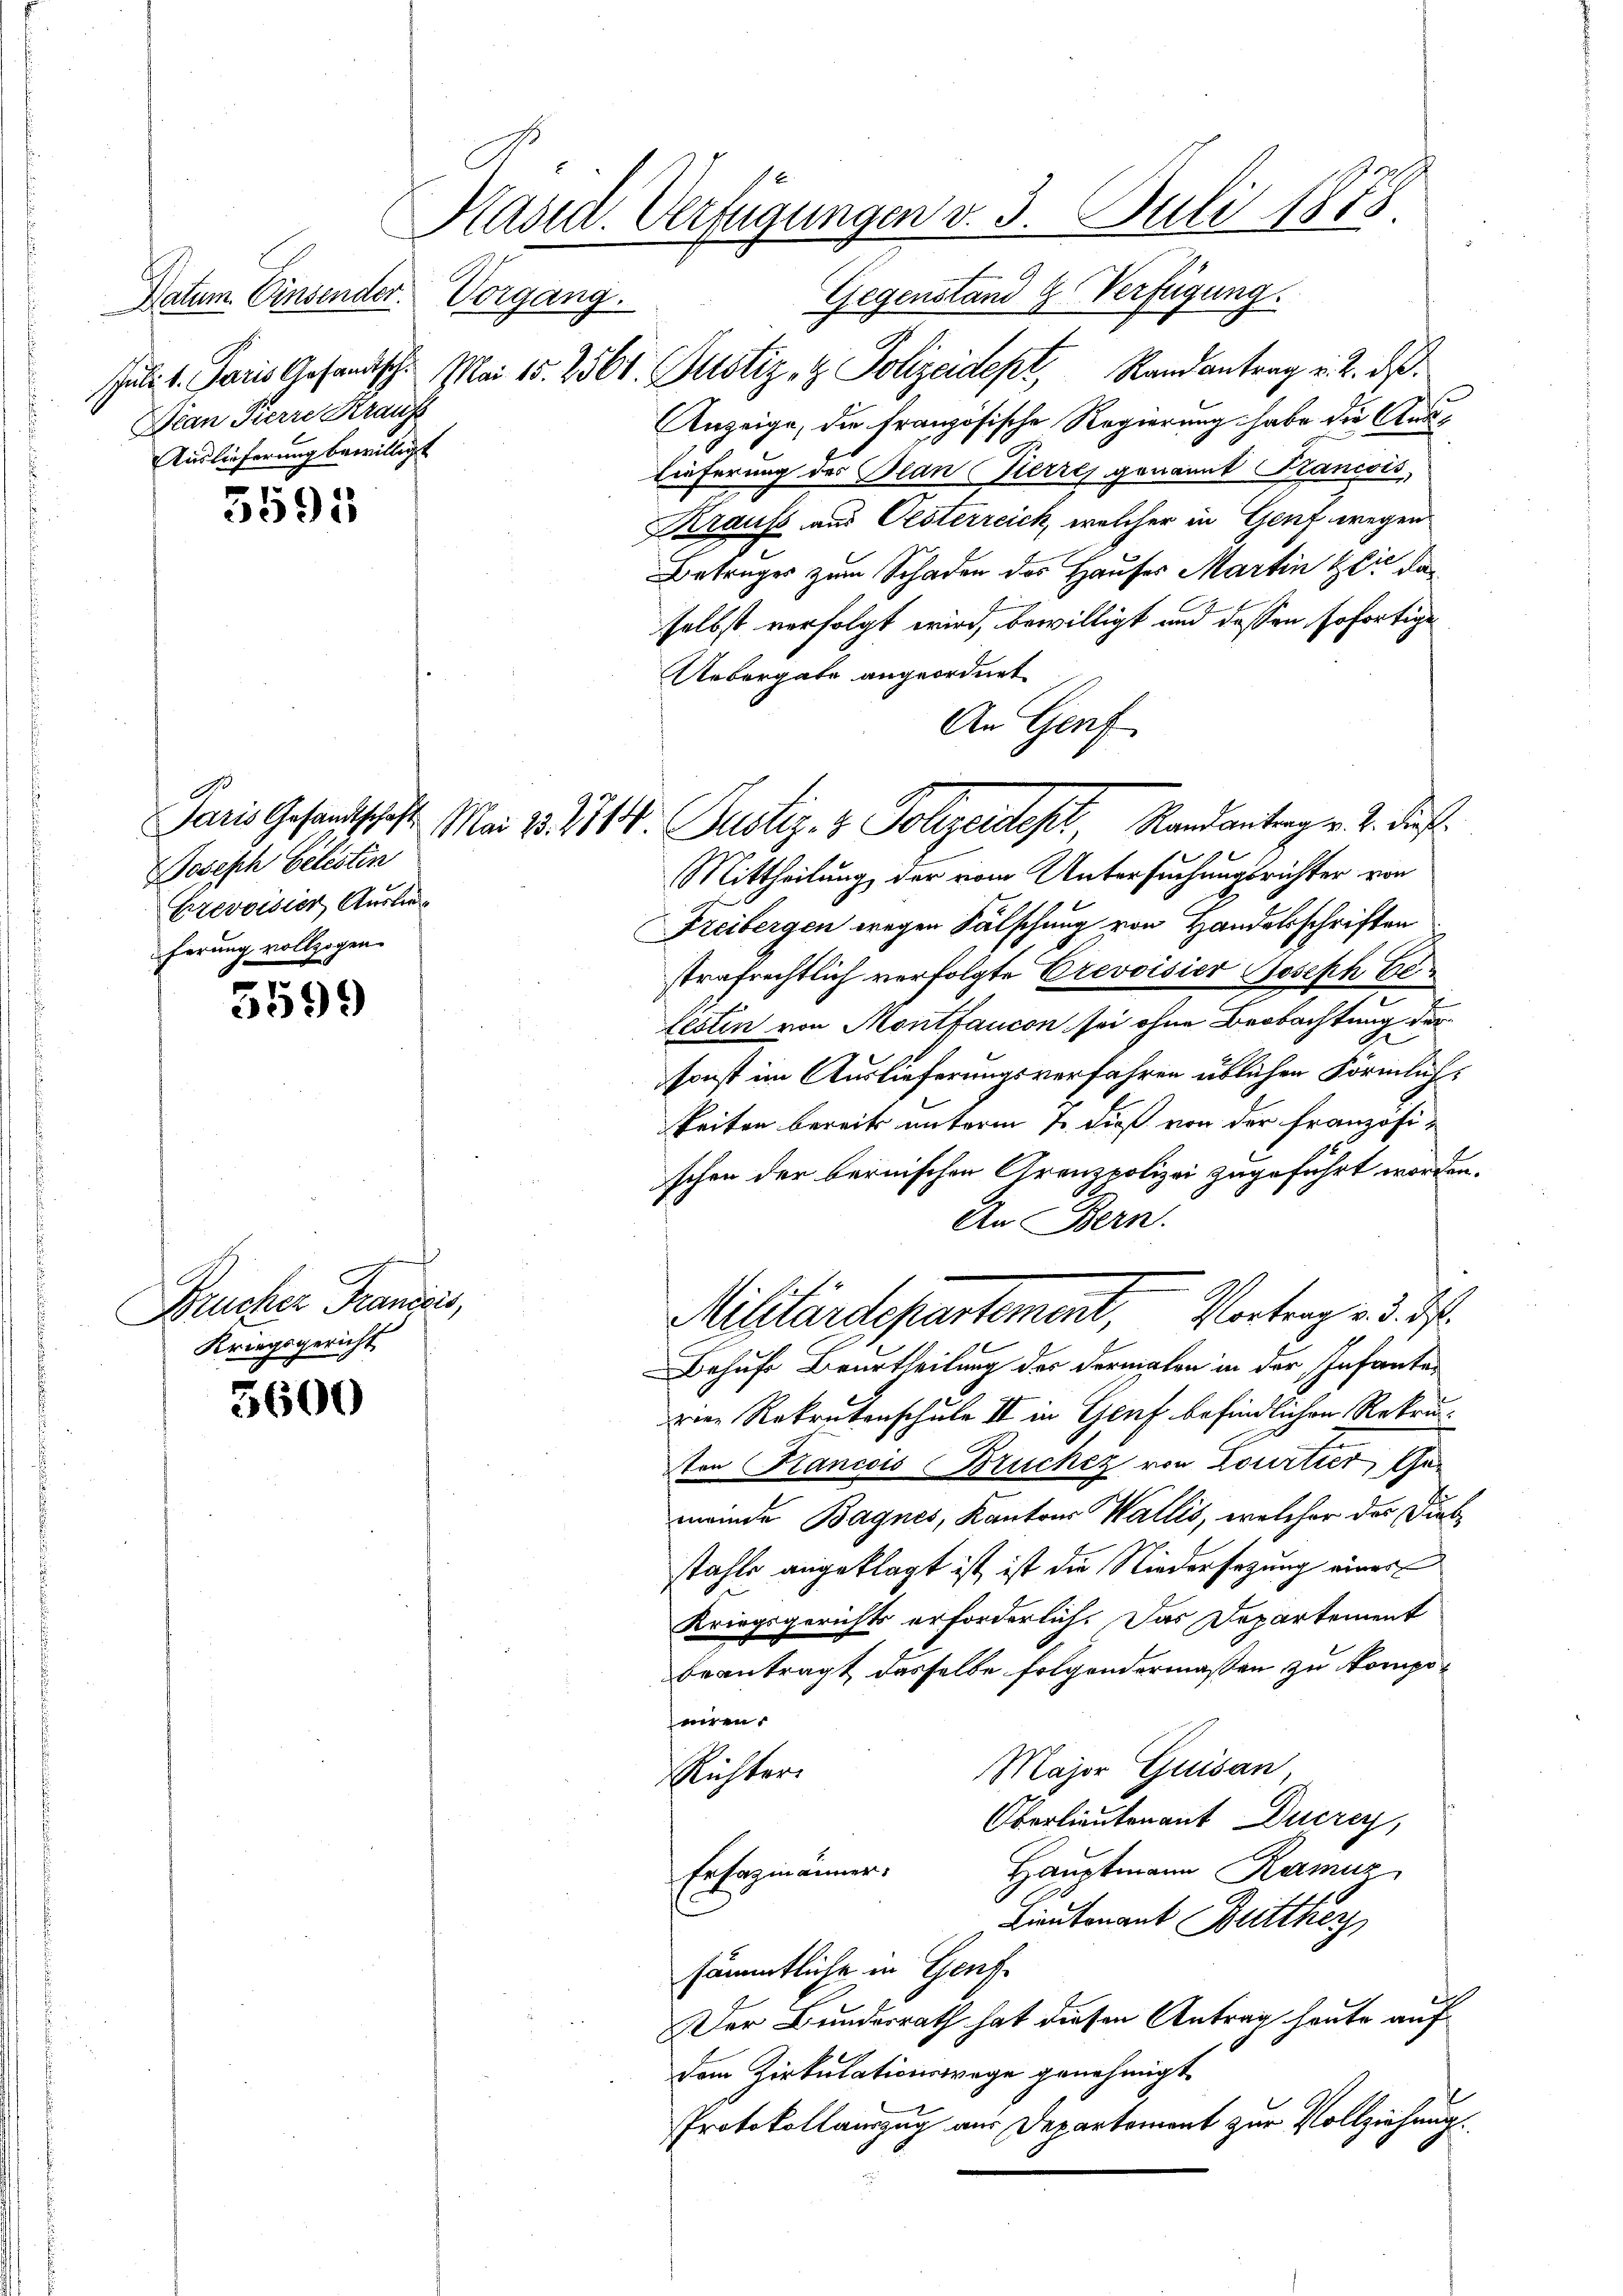
Datum. Einsender Vorgang.
sculi v. Paris Gesandtsch
Jean Pierre Krauss
Auslieferung bewilligt

3595

Joseph Gelistin
Erevoisier Auslie
ferung vollzogen.

5599

Brucker Francois,
Kriegsgericht

5600

Präsid. Verfügungen v. 3. Juli 1878

Gegenstand Verfügung.
Mai 15. 2560. Justiz- & Polizeidept, Randantrag u. 2. ds.
Anzeige, die französische Regierung habe die Aus¬
Lieferung des Plan Pierres genannt ancois,
Krauss aus Oesterreich, welcher in Genf wegen
Betrages zum Schaden des Hauses Martin der da
selbst verfolgt wird, bewilligt und dessen sofortige
Uebergate angeordnet
An Genf
Mittheilung der vom Untersuchungsrichter von
Freibergen wegen Fälschung von Handelsschriften
strafrechtlich verfolgte Crevoisier Joseph Belesten von Montfaucon sei ohne Beobachtung der
sonst im Auslieferungsverfahren üblichen Förmlichkeiten bereits unterm 1. dieß von der Französischen der bernischen Grenzpolizei zugeführt worden.
An Bern.
Militärdepartement, Vortrag d. d.
Behufs Beurtheilung des dermalen in der Infanteven Rekrutenschule II in Genf befindlichen Rekrusten Rancois Brucker von Lourtier, Gemeinde Bagnes, Kantons Wallis, welcher der Diebstahle angeklagt ist, ist die Niedersezung einer
Kriegsgerichts erforderlich. Das Departement
beantragt dasselbe folgendermaßen zu komponiren,
Major Guisan,
Richter.
Oberlieutenant Ducrey,
Hauptmann Ramuz
Erfagmänner.
Lieutenant Butter
sämmtliche in Genf.
Der Bundesrath hat diesen Antrag heute auf
dem Zirkulationswege genehmigt.
Protokollauszug aus Departement zur Vollziehung.

Paris Gesandtschaft. Mai 13. 211. Justiz- & Polizeides Randantrag v. 2. dieß.